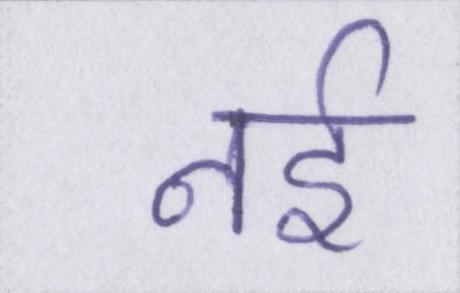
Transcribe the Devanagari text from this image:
नर्इ